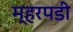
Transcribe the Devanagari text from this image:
म्हरपडी